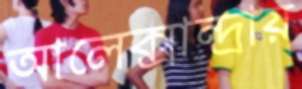
আলেক্সান্দ্রায়